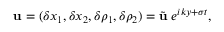
\mathbf { u } = ( \delta x _ { 1 } , \delta x _ { 2 } , \delta \rho _ { 1 } , \delta \rho _ { 2 } ) = \tilde { \mathbf { u } } \; e ^ { i k y + \sigma t } ,